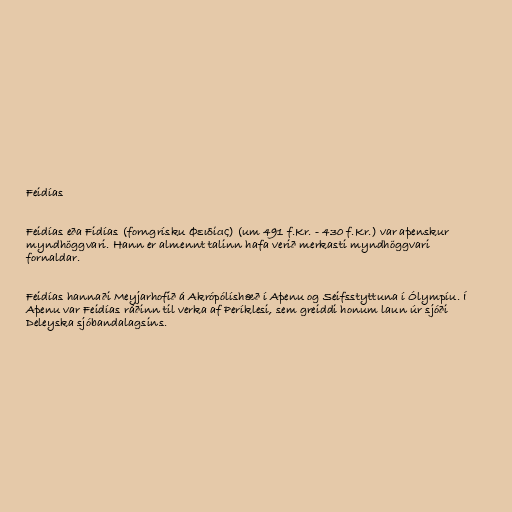
Feidías

Feidías eða Fidías (forngrísku Φειδίας) (um 491 f.Kr. - 430 f.Kr.) var aþenskur
myndhöggvari. Hann er almennt talinn hafa verið merkasti myndhöggvari
fornaldar.

Feidías hannaði Meyjarhofið á Akrópólíshæð í Aþenu og Seifsstyttuna í Ólympíu. Í
Aþenu var Feidías ráðinn til verka af Períklesi, sem greiddi honum laun úr sjóði
Deleyska sjóbandalagsins.